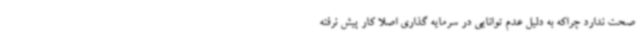
صحت ندارد چراکه به دلیل عدم توانایی در سرمایه گذاری اصلا کار پیش نرفته